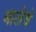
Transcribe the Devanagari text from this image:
मालेचे